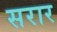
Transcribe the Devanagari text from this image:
सरार